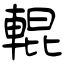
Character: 輥